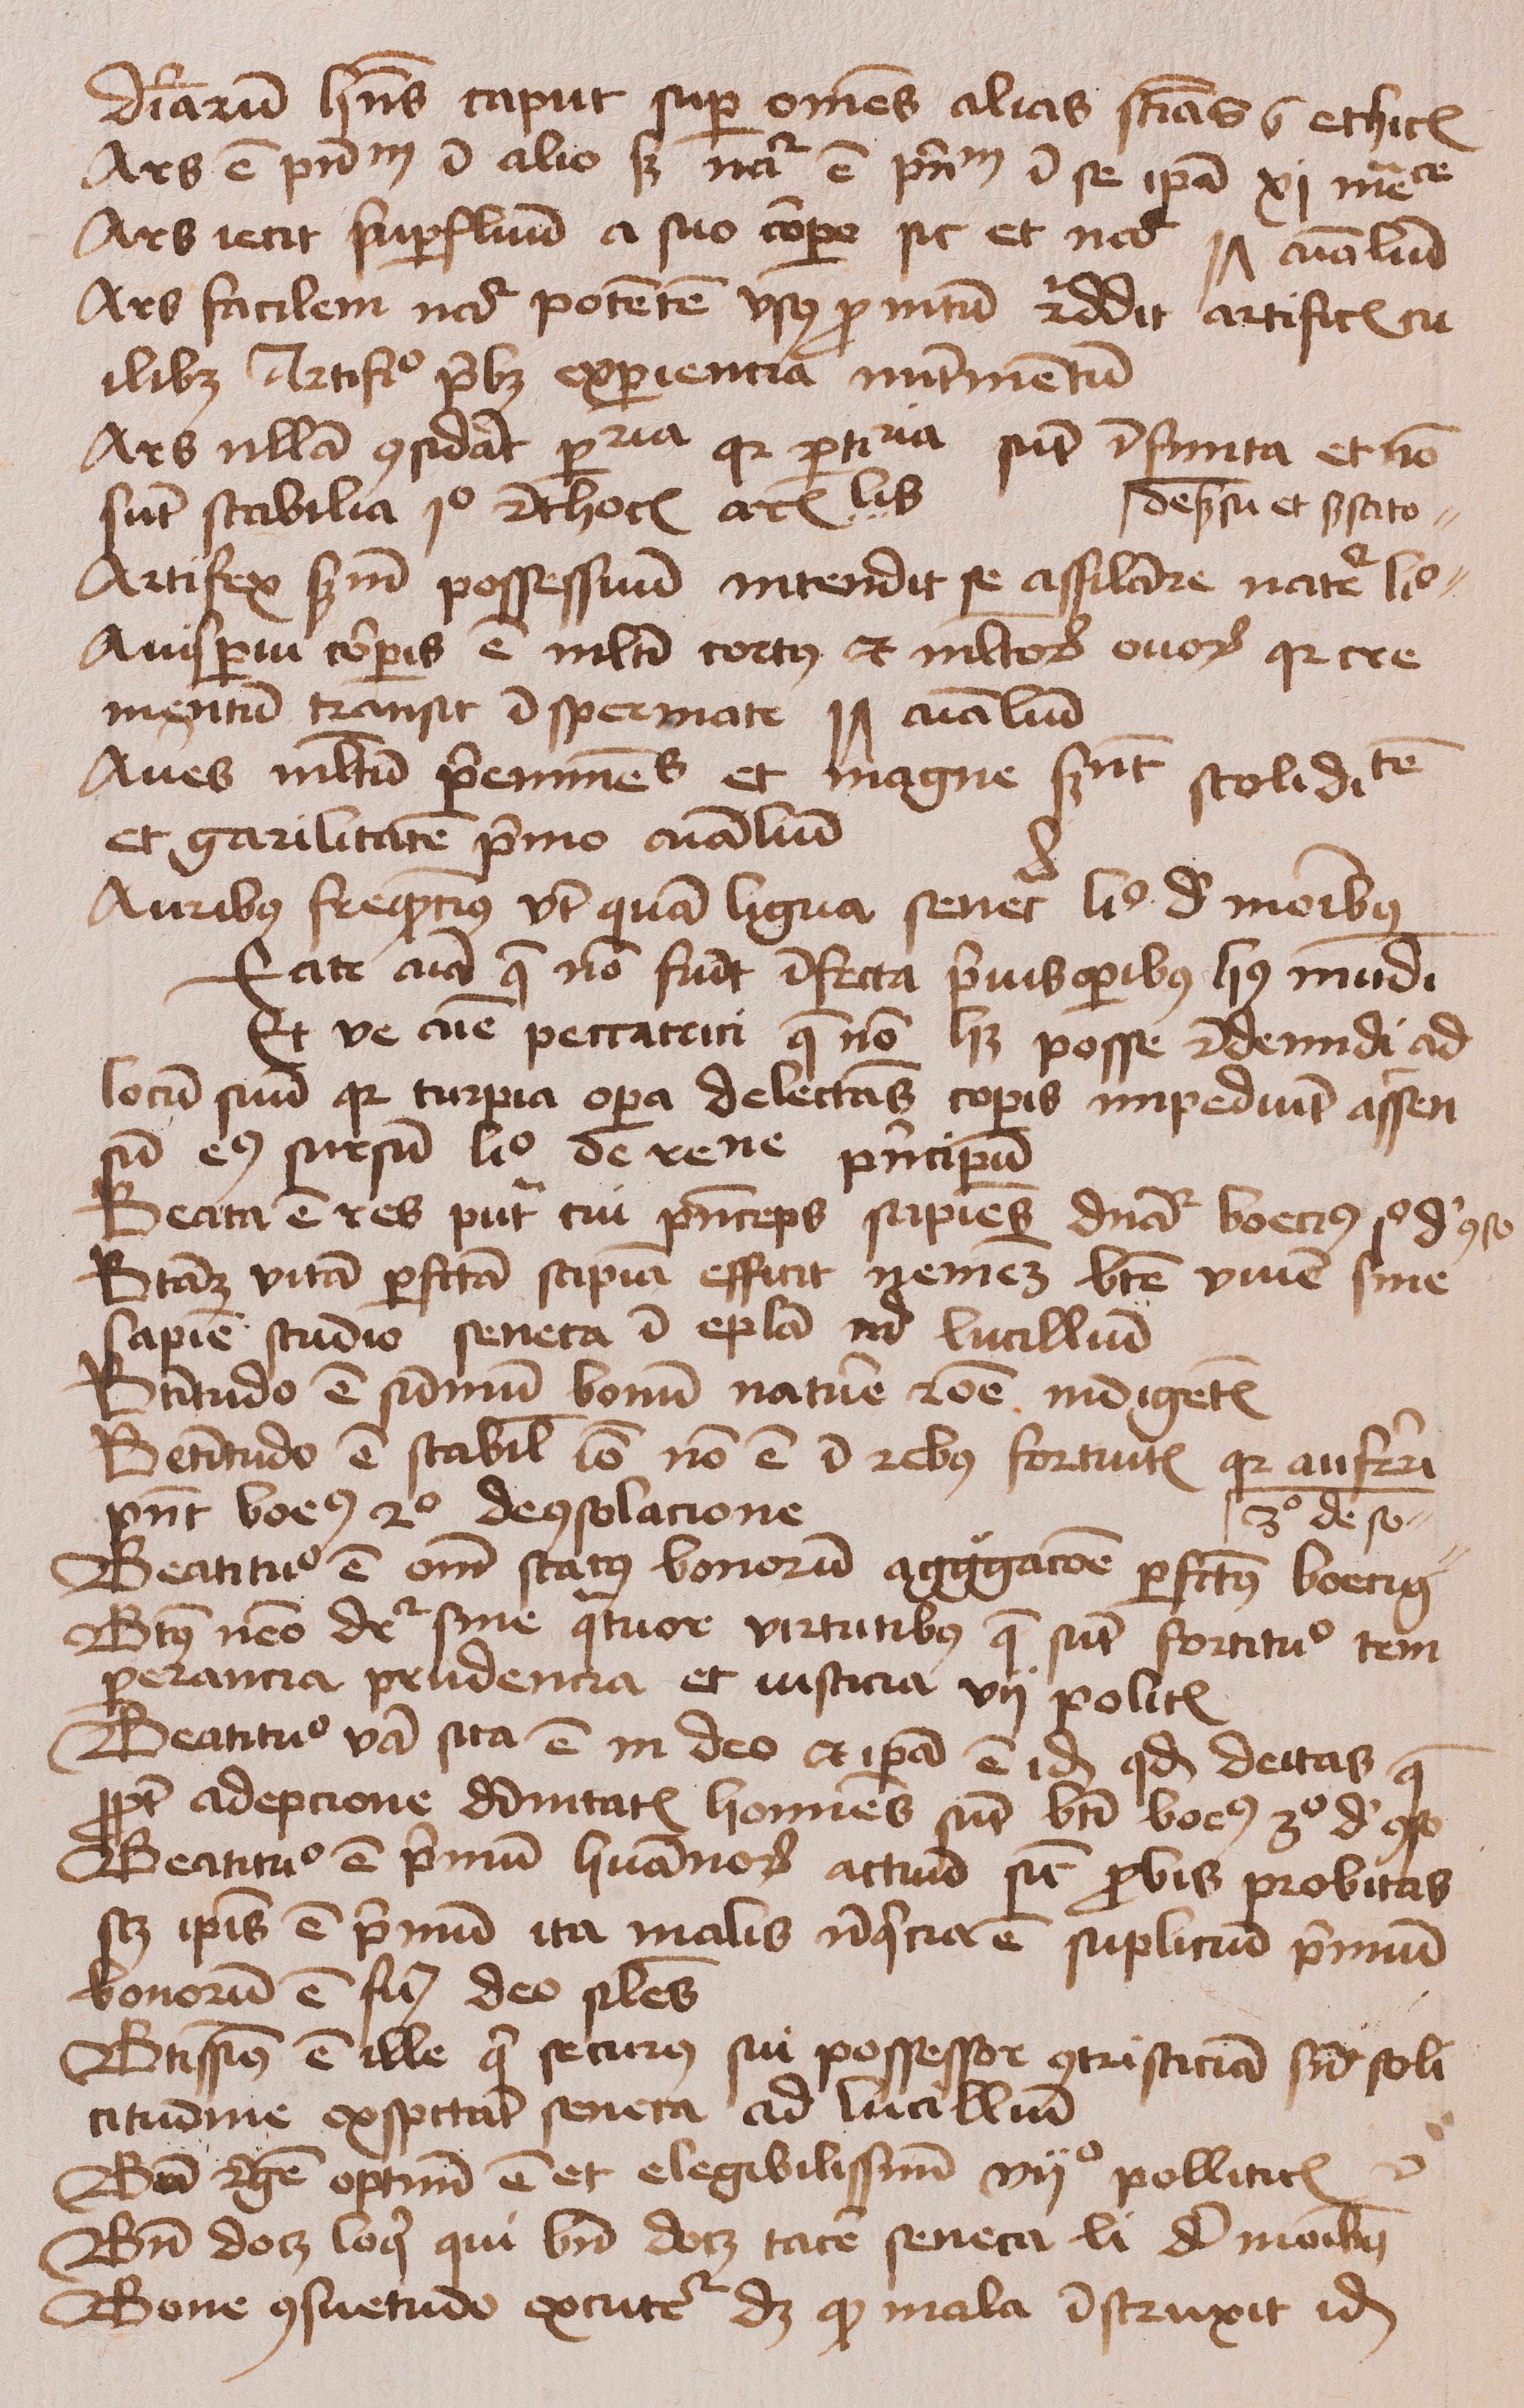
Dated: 1400–1499